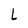
Character: l